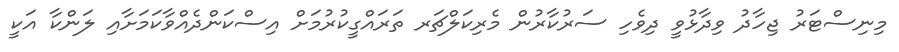
މިނިސްޓަރު ޖިހާދު ވިދާޅުވީ ދިވެހި ސަރުކާރުން މެރިކަލްޗަރ ތަރައްގީކުރުމަށް އިސްކަންދެއްވާކަމަށާއި ލަންކާ އަކީ